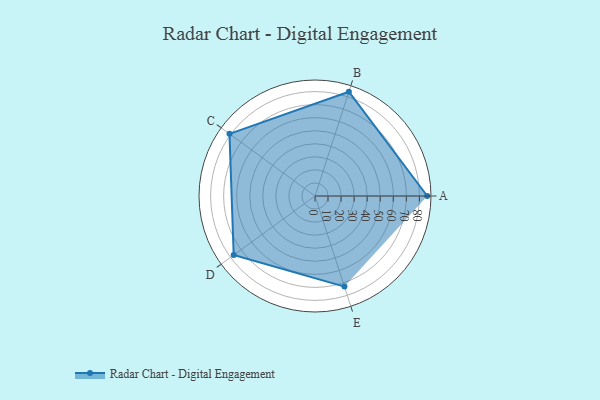
{"axis": {"x": "Skill", "y": "Score"}, "legend": ["Profile"], "data": [{"x": "A", "y": 86.0, "type": "Profile"}, {"x": "B", "y": 84.0, "type": "Profile"}, {"x": "C", "y": 81.0, "type": "Profile"}, {"x": "D", "y": 77.0, "type": "Profile"}, {"x": "E", "y": 73.0, "type": "Profile"}]}